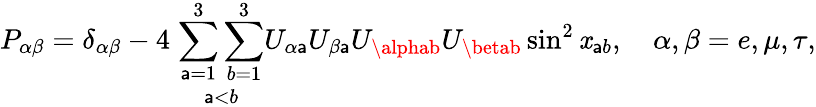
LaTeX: P_{\alpha\beta}=\delta_{\alpha\beta}-4\; \underset{\mathsf{a}<b}{\sum_{\mathsf{a}=1}^{3}\sum_{b=1}^{3}}U_{\alpha\mathsf{a}}U_{\beta\mathsf{a}}U_{\alphab}U_{\betab}\sin^{2}\mathit{x}_{\mathsf{a}b},\quad\alpha,\beta=e,\mu,\tau,